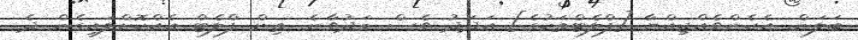
ބަލަން. އެހެންވެއްޖިއްޔާ [ފްލެޓްތަކުގެ] އަދަދު ވެސް މަދުވާނެ. ތިން ފްލެޓް އެއްކޮށްލައިގެން ދެ